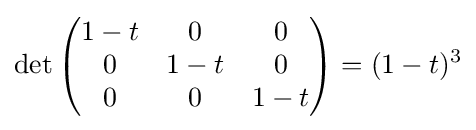
\det {\begin{pmatrix}1-t&0&0\\0&1-t&0\\0&0&1-t\end{pmatrix}}=(1-t)^{3}